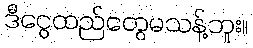
ဒီငွေထည်တွေမသန့်ဘူး။